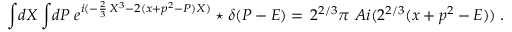
\int \! d X \int \! d P \; e ^ { i ( - \frac { 2 } { 3 } \, X ^ { 3 } - 2 ( x + p ^ { 2 } - P ) X ) } \star \delta ( P - E ) = \, 2 ^ { 2 / 3 } \pi \, \, A i ( 2 ^ { 2 / 3 } ( x + p ^ { 2 } - E ) ) \; .